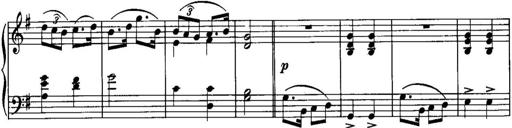
Title: Piano Sonatina No.1, Op.146
Composer: Stephen Heller